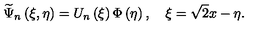
\widetilde { \Psi } _ { n } \left( \xi , \eta \right) = U _ { n } \left( \xi \right) \Phi \left( \eta \right) , \quad \xi = \sqrt { 2 } x - \eta .